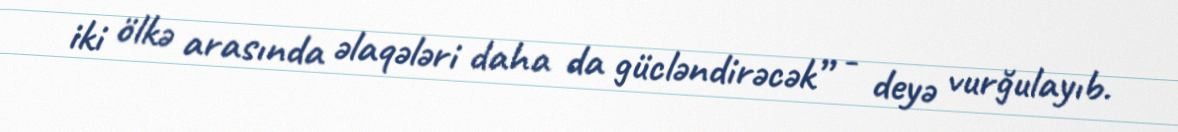
iki ölkə arasında əlaqələri daha da gücləndirəcək” - deyə vurğulayıb.